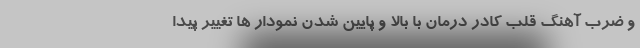
و ضرب آهنگ قلب کادر درمان با بالا و پایین شدن نمودار ها تغییر پیدا